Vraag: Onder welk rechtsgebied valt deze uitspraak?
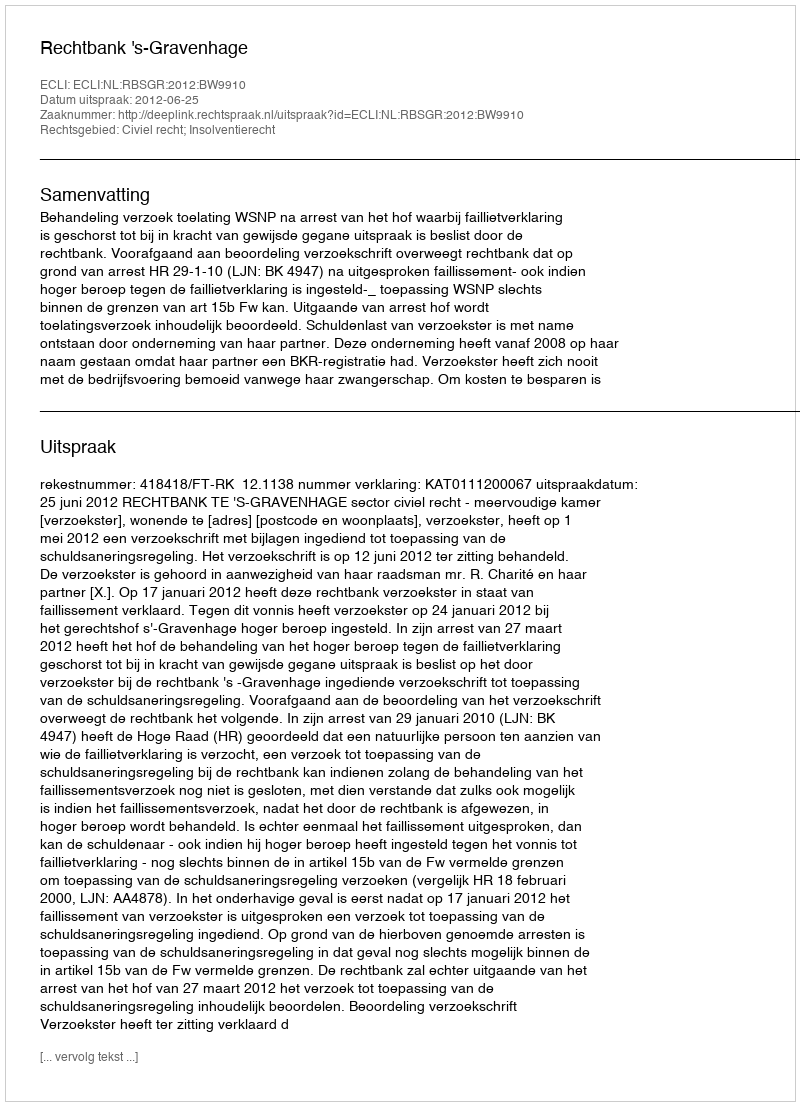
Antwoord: Civiel recht; Insolventierecht